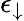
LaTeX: \epsilon_{\downarrow}